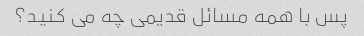
پس با همه مسائل قدیمی چه می کنید؟